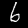
Label: 6